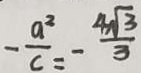
- \frac { a ^ { 2 } } { c } = - \frac { 4 \sqrt { 3 } } { 3 }